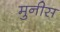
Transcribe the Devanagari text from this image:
मुनीस